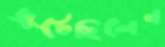
জুটেছিলেন